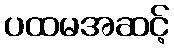
ပထမအဆင့်